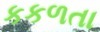
કકળતા